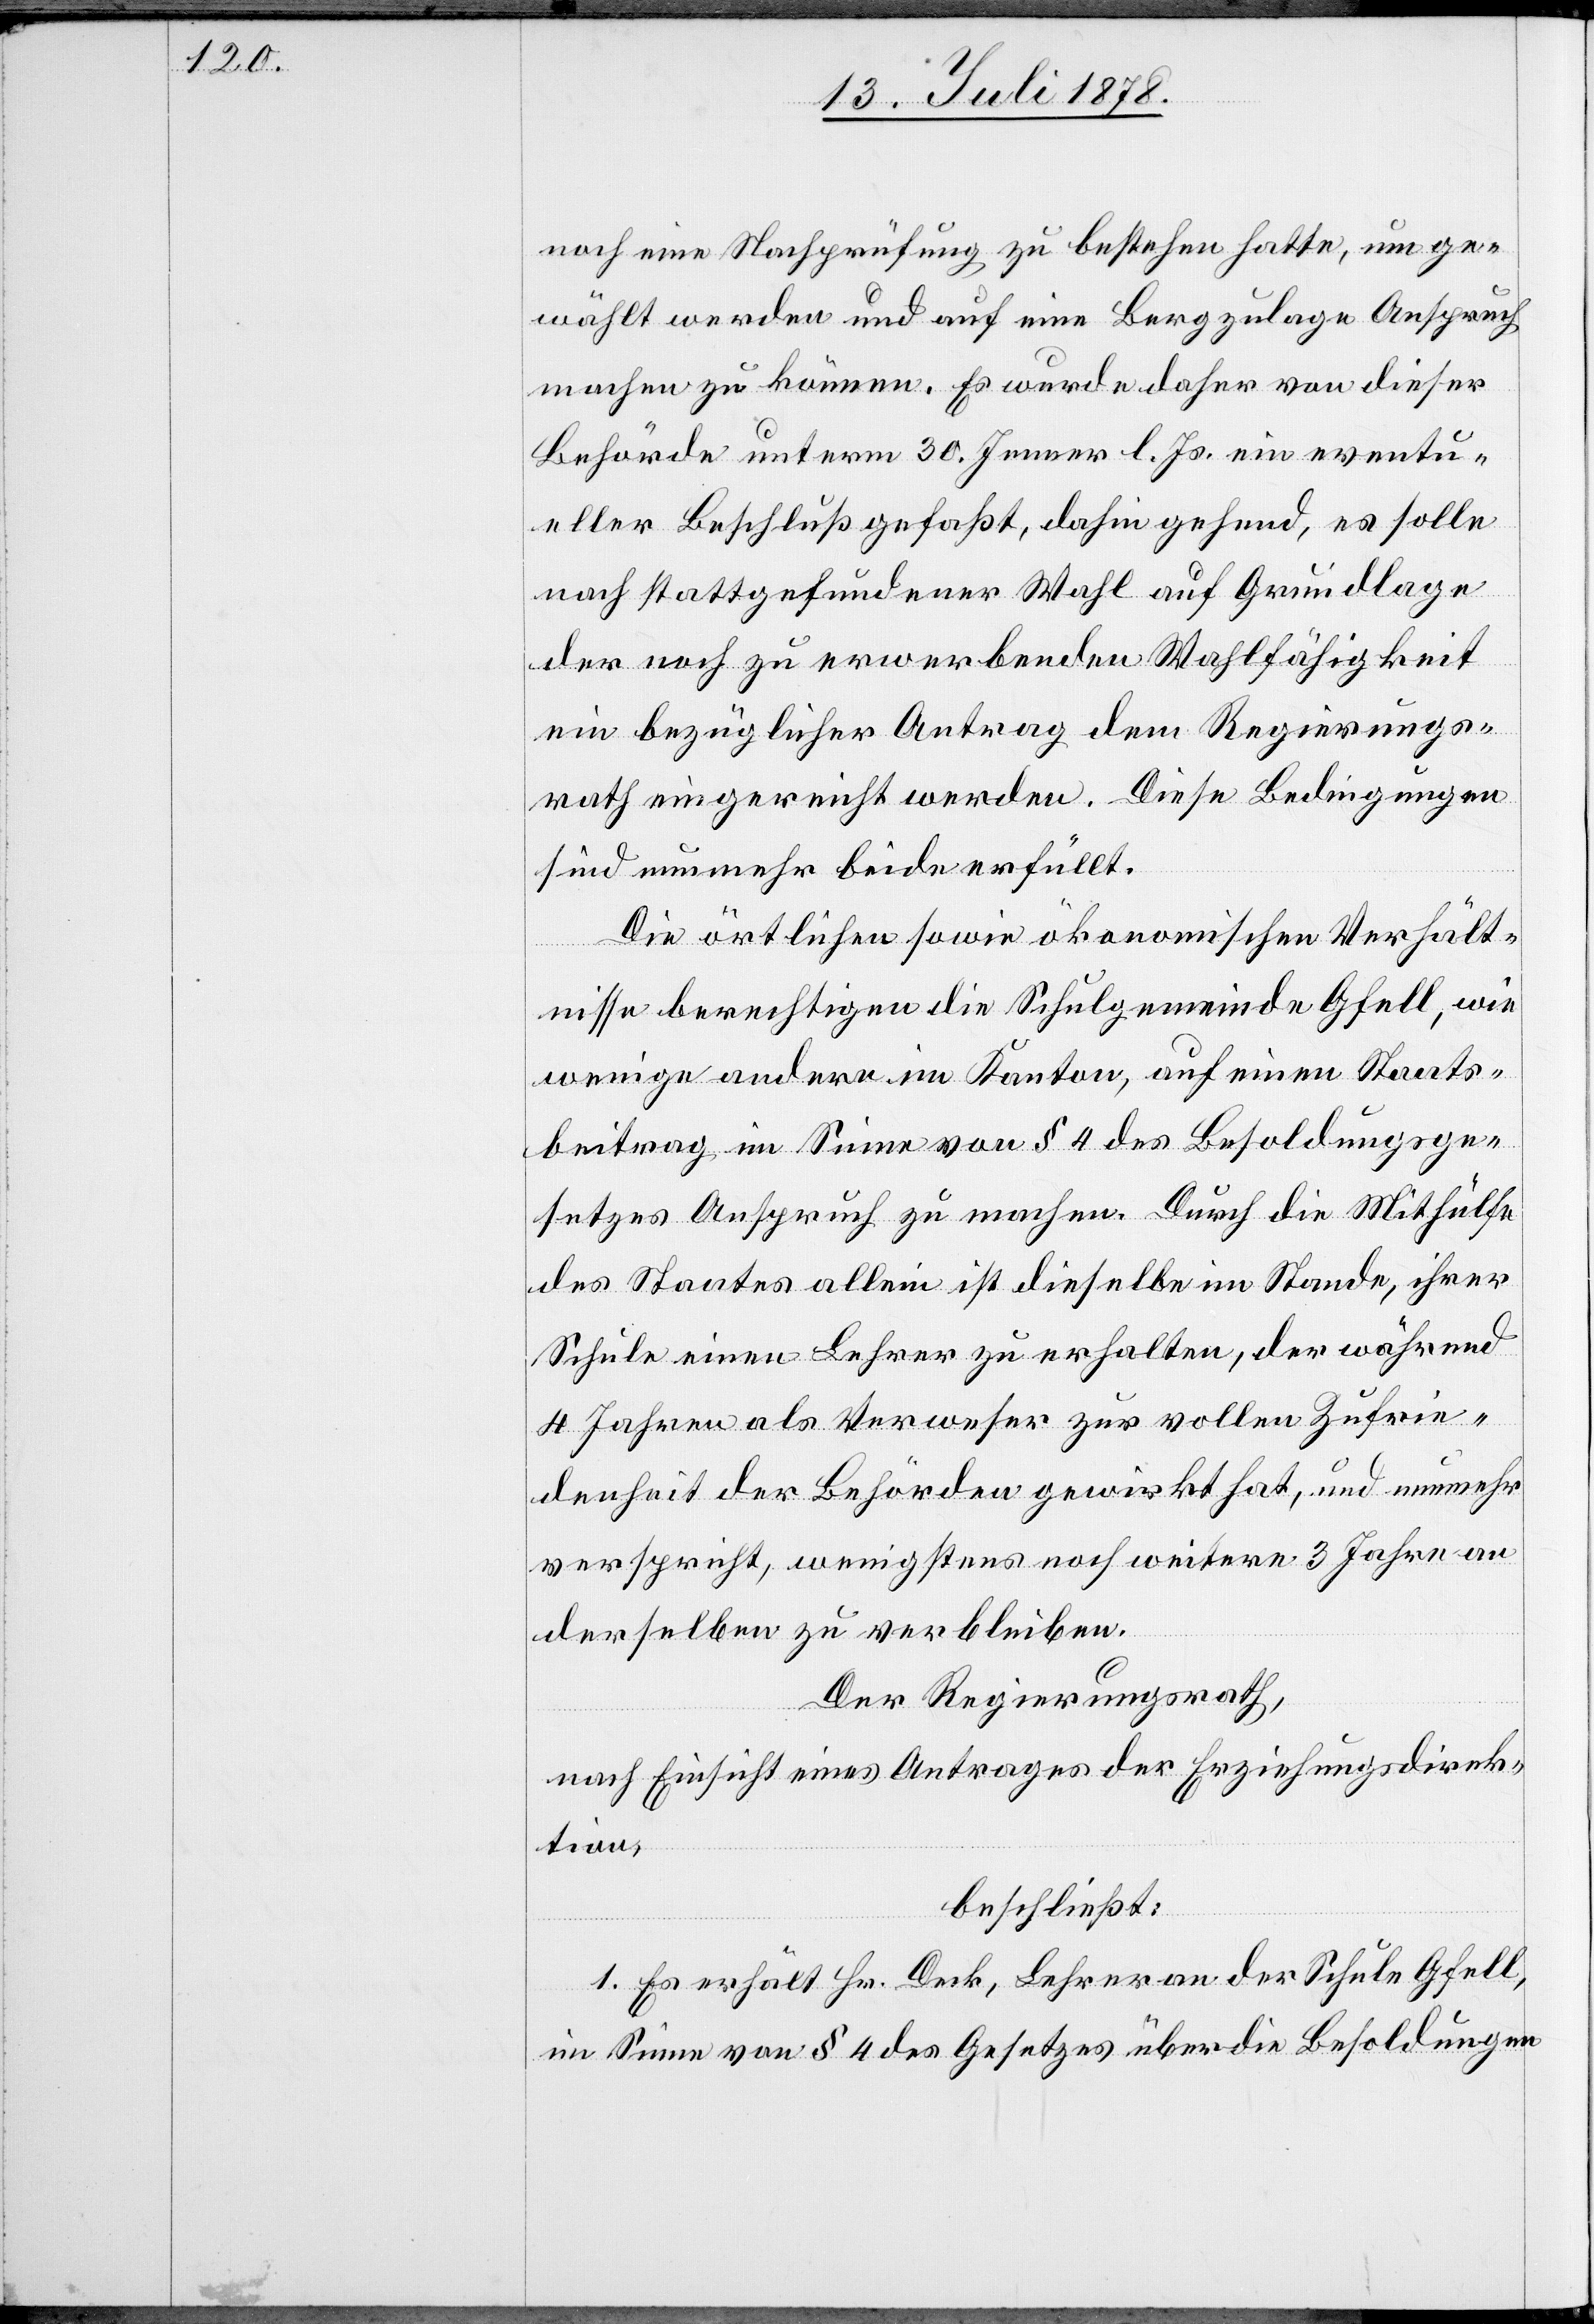
noch eine Nachprüfung zu bestehen hatte, um ge¬
wählt werden und auf eine Bergzulage Anspruch
machen zu können. Es wurde daher von dieser
Behörde unterm 30. Jenner l. Js. ein eventu¬
eller Beschluß gefaßt, dahin gehend, es solle
nach stattgefundener Wahl auf Grundlage
der noch zu erwerbenden Wahlfähigkeit
ein bezüglicher Antrag dem Regierungs¬
rath eingereicht werden. Diese Bedingungen
sind nunmehr beide erfüllt.
Die örtliche sowie ökonomischen Verhält¬
nisse berechtigen die Schulgemeinde Gfell, wie
wenige andere im Kanton, auf einen Staats¬
beitrag im Sinne von § 4 des Besoldungsge¬
setzes Anspruch zu machen. Durch die Mithülfe
des Staates allein ist dieselbe im Stande, ihrer
Schule einen Lehrer zu erhalten, der während
4 Jahren als Verweser zur vollen Zufrie¬
denheit der Behörden gewirkt hat, und nunmehr
verspricht, wenigstens noch weitere 3 Jahre an
derselben zu verbleiben.
Der Regierungsrath,
nach Einsicht eines Antrages der Erziehungsdirek¬
tion,
beschließt:
1. Es erhält Hr. Deck, Lehrer an der Schule Gfell,
im Sinne von § 4 des Gesetzes über die Besoldungen